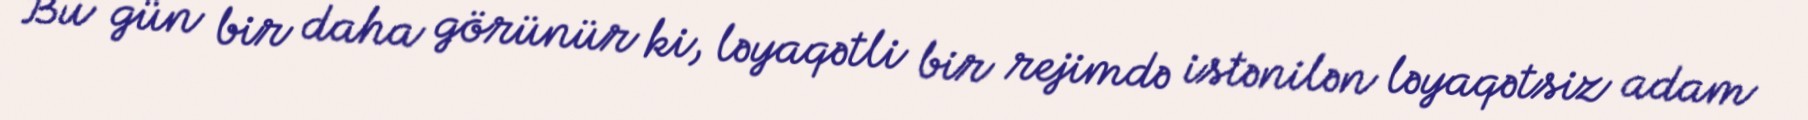
Bu gün bir daha görünür ki, ləyaqətli bir rejimdə istənilən ləyaqətsiz adam